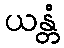
ယန္တံ